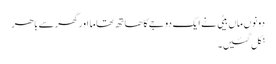
دونوں ماں بیٹی نے ایک دوجے کا ھاتھ تھاما اور گھر سے باھر
نکل گئیں۔